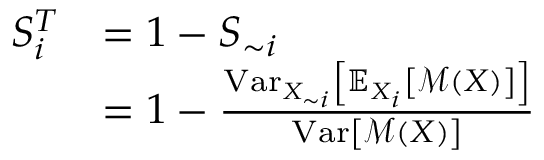
\begin{array} { r l } { S _ { i } ^ { T } } & { = 1 - S _ { \sim i } } \\ & { = 1 - \frac { \operatorname { V a r } _ { X _ { \sim i } } \left[ \mathbb { E } _ { X _ { i } } \left[ \mathcal { M } \left( \boldsymbol { X } \right) \right] \right] } { \operatorname { V a r } \left[ \mathcal { M } \left( \boldsymbol { X } \right) \right] } } \end{array}